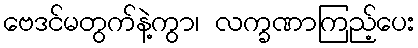
ဗေဒင်မတွက်နဲ့ကွာ၊ လက္ခဏာကြည့်ပေး